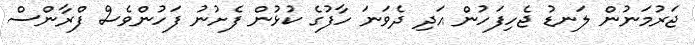
ޖަރުމަނުން ލަނޑު ޖެހިފަހުން އަދި ދެވަނަ ހާފުގެ ކުޅުން ފެށުނު ފަހުންވެސް ފްރާންސް